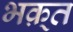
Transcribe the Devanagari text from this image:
भक़्त